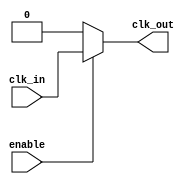
module ClockGatingCell(
    input wire clk_in,      // Incoming clock signal
    input wire enable,      // Enable signal for clock gating
    output wire clk_out     // Gated clock output
);
    assign clk_out = enable ? clk_in : 1'b0; // Gated clock signal
endmodule